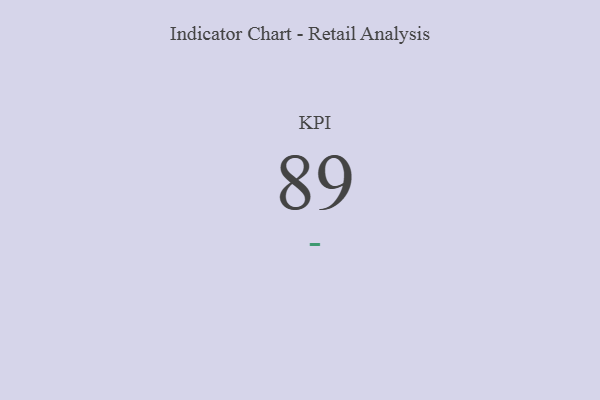
{"axis": {"x": "KPI", "y": "Value"}, "legend": [""], "data": [{"x": "KPI", "y": 89, "type": ""}]}